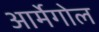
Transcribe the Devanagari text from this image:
आर्मेगोल